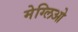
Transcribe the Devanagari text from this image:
मेग्लिओ